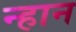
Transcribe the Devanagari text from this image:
न्हान